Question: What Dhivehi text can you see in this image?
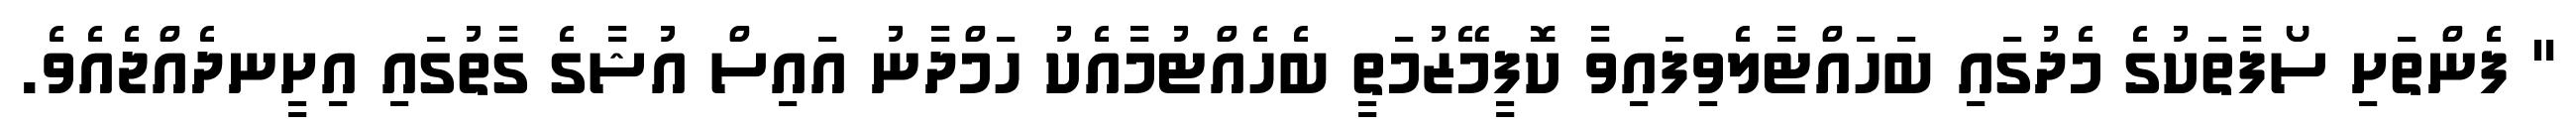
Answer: " ފެންތަށި ސޯފާތަކުގެ މެދުގައި ބަހައްޓާލެވިފައިވާ ކޮފީމޭޒުމަތީ ބެހެއްޓުމާއެކު ހަމްދާނު އައިސް އުޝާގެ ގާތުގައި އިށީނދެއްޖެއެވެ.